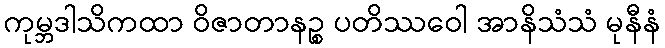
ကုမ္ဘဒါသိကထာ ဝိဇာတာနဉ္စ ပတိဿဝေါ အာနိသံသံ မုနီနံ